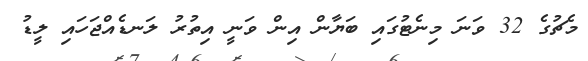
މެޗުގެ 32 ވަނަ މިނެޓުގައި ބަޔާން އިން ވަނީ އިތުރު ލަނޑެއްޖަހައި ލީޑު